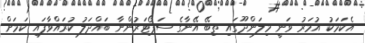
އެކަމަކު އުމަރު ވަނީ މިލަންދޫގައި ތިބޭ އޭނާގެ ސަޕޯޓަރުންނާ ބައްދަލު ކުރައްވާފައި ކަމަށް